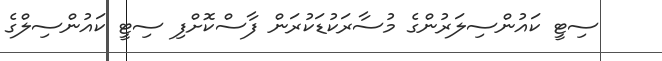
ސިޓީ ކައުންސިލަރުންގެ މުސާރަކުޑަކުރަން ފާސްކޮށްފި ސިޓީ ކައުންސިލްގެ